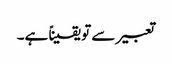
تعبیر سے تو یقیناً ہے۔